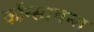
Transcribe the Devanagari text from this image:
कॉन्सायन्स